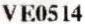
VE0514